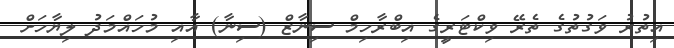
އިތުރު ވަގުތުގެ ތެރޭ ވިކްޓަރީގެ އިބްރާހިމް ސިނާޒް (ސިނާ) އާއި މުހައްމަދު ލިޔާހަށް